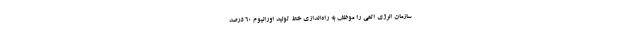
سازمان انرژی اتمی را موظف به راه‌اندازی خط تولید اورانیوم ۶۰ درصد